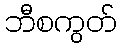
ဘီစကွတ်